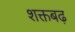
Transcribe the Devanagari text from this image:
शक्तबढ़